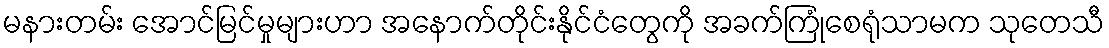
မနားတမ်း အောင်မြင်မှုများဟာ အနောက်တိုင်းနိုင်ငံတွေကို အခက်ကြုံစေရုံသာမက သုတေသီ